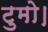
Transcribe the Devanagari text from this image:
टुमो।